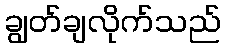
ချွတ်ချလိုက်သည်